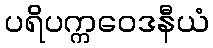
ပရိပက္ကဝေဒနီယံ